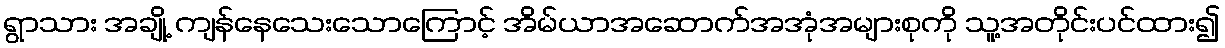
ရွာသား အချို့ ကျန်နေသေးသောကြောင့် အိမ်ယာအဆောက်အအုံအများစုကို သူ့အတိုင်းပင်ထား၍